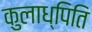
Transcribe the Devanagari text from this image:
कुलाध्पिति